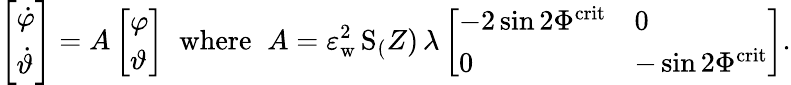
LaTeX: \left[\begin{array}{l}{\dot{\varphi}}\\ {\dot{\vartheta}}\end{array}\right]=A\left[\begin{array}{l}{{\varphi}}\\ {{\vartheta}}\end{array}\right]\; \; \mathrm{where}\; \; A=\varepsilon_{\mathrm{w}}^{2}\, \mathrm{S}_(Z)\, \lambda\left[\begin{array}{ll}{-2\sin 2\Phi^{\mathrm{crit}}}&{0}\\ {0}&{-\sin 2\Phi^{\mathrm{crit}}}\end{array}\right].